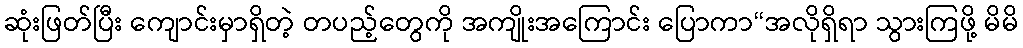
ဆုံးဖြတ်ပြီး ကျောင်းမှာရှိတဲ့ တပည့်တွေကို အကျိုးအကြောင်း ပြောကာ“အလိုရှိရာ သွားကြဖို့ မိမိ